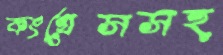
কংগ্রেসসহ